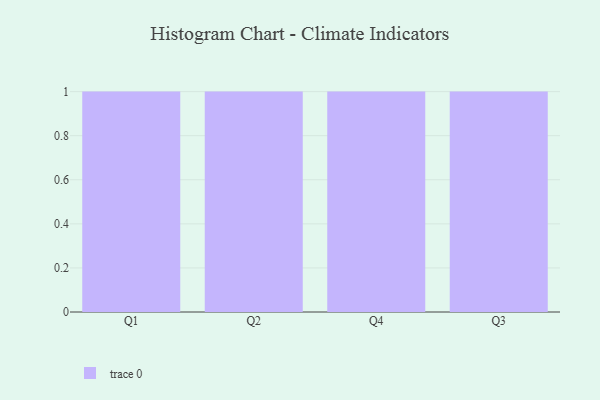
{"axis": {"x": "Quarter", "y": "Production Output"}, "legend": [""], "data": [{"x": "Q1", "y": 70, "type": ""}, {"x": "Q2", "y": 51, "type": ""}, {"x": "Q4", "y": 61, "type": ""}, {"x": "Q3", "y": 80, "type": ""}]}